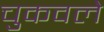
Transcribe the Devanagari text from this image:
चुकवले